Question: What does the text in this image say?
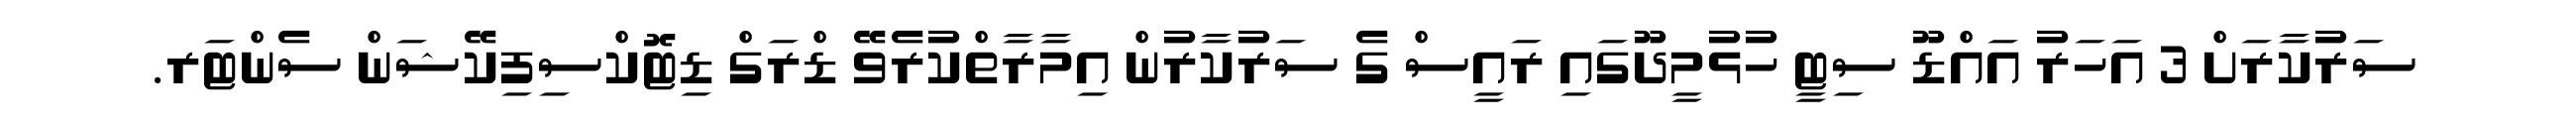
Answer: ސަރުކާރަށް 3 އަހަރު އައްޑޫ ސިޓީ ހުޅުމީދޫގައި ރައީސް ގެ ސަރުކާރުން އިމާރާތްކުރެވޭ ޑްރަގް ޑިޓޮކްސިފިކޭޝަން ސެންޓަރ.